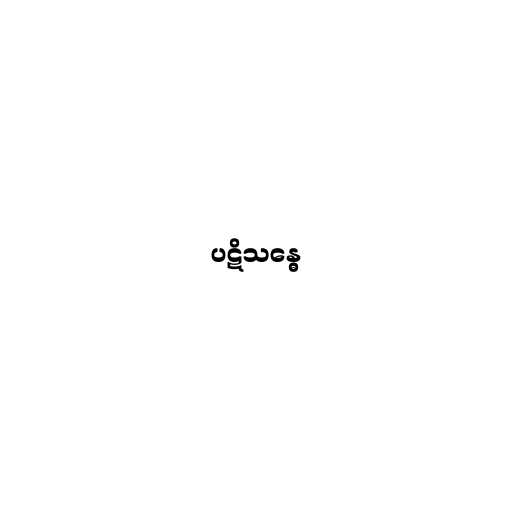
ပဋိသန္ဓေ